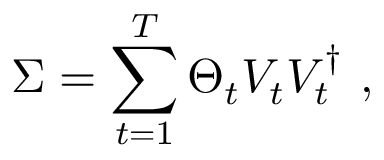
\Sigma = \sum _ { t = 1 } ^ { T } \Theta _ { t } V _ { t } V _ { t } ^ { \dag } \ ,